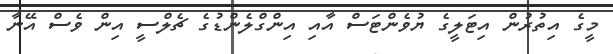
މީގެ އިތުރުން އިޓަލީގެ ޔުވެންޓަސް އާއި އިންގްލެންޑުގެ ޗެލްސީ އިން ވެސް އޭނާ